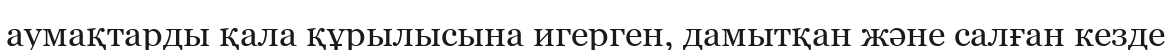
аумақтарды қала құрылысына игерген, дамытқан және салған кезде